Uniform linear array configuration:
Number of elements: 16
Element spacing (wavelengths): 0.25
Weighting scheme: uniform
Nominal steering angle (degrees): -45
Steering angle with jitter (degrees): -45.604
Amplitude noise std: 0.05
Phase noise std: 0.05

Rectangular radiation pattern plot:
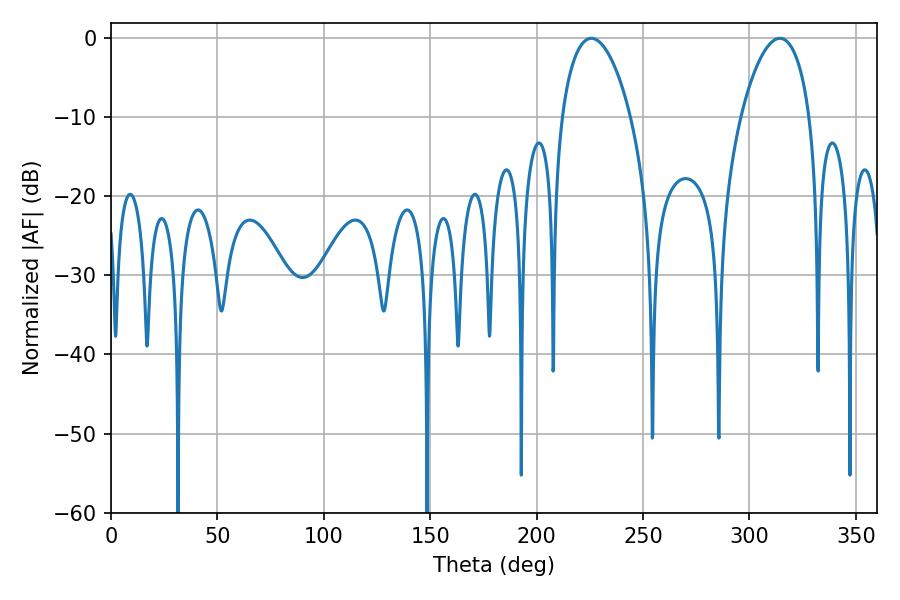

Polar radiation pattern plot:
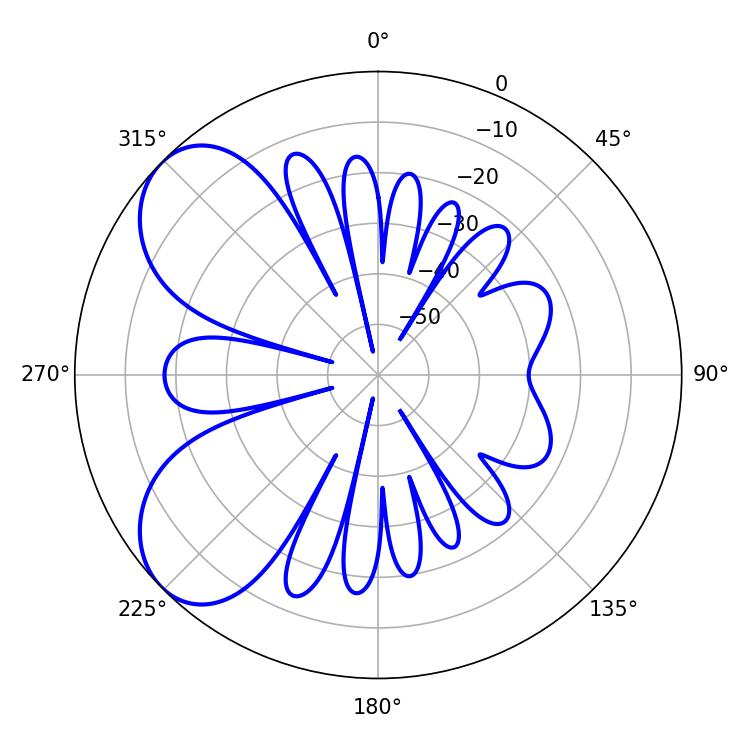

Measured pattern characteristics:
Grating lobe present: FALSE
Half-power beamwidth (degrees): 18.36
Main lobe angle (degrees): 225.72